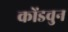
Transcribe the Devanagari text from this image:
कोंडवुन